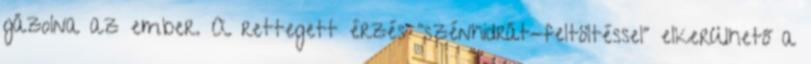
gázolna az ember. A rettegett érzés "szénhidrát-feltöltéssel" elkerülhető a